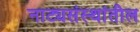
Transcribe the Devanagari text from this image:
नाट्यसंस्थांतील